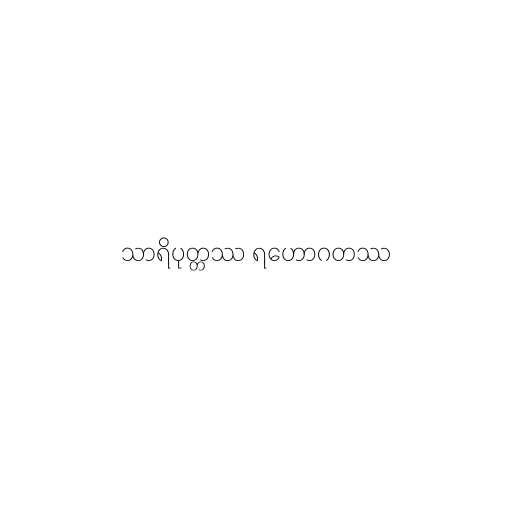
သာရိပုတ္တဿ ရဟောဂတဿ